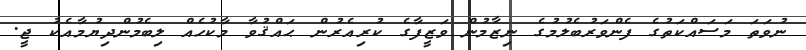
ނުވަތަ މަސައްކަތުގެ ފެންވަރުބެލުމުގެ ނިޒާމުން ވަޒީފާގެ ކުރިއެރުން ޙައްޤުވާ މާކުހެއް ލިބެމުންދިޔުމާއެކު ޖީ.